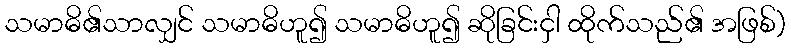
သမာဓိ၏သာလျှင် သမာဓိဟူ၍ သမာဓိဟူ၍ ဆိုခြင်းငှါ ထိုက်သည်၏ အဖြစ်)